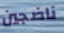
ناضجين